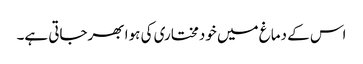
اس کے دماغ میں خودمختاری کی ہوا بھرجاتی ہے۔